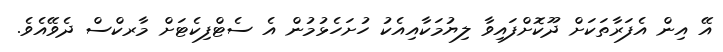
އޭ އިން އެފަރާތަކަށް ދޫކޮށްފައިވާ ލިޔުމަކާއިއެކު ހުށަހެޅުމުން އެ ސެޓްފިކެޓަށް މާރކްސް ދެވޭއެވެ.